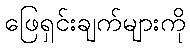
ဖြေရှင်းချက်များကို